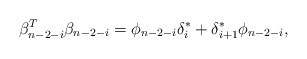
\begin{align*}\beta^{T}_{n-2-i}\beta_{n-2-i}=\phi_{n-2-i}\delta^{*}_{i}+\delta^*_{i+1}\phi_{n-2-i},\end{align*}